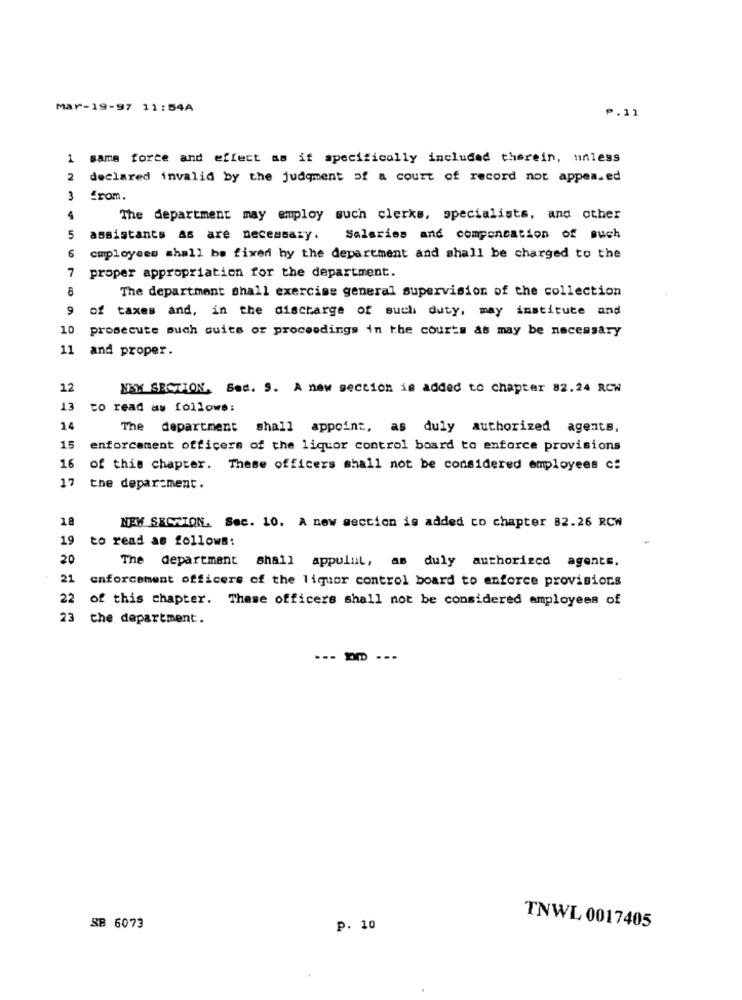
Mar-19-97 11:54A
P.11
1 same forte and effect as if specifically included therein, unless
2
declared invalid by the judgment of a court of record not appeared
3
from.
4
The department may employ such clerks, specialists, and other
5
assistants as are necessary. Salaries and compensation of such
6
cmployees shall be fixed by the department and shall be charged to the
7
proper appropriation for the department.
8
The department shall exercise general supervision of the collection
9
of taxes and, in the discharge of such duty, may institute and
10
prosecute such ouits or proceedings in the courts as may be necessary
11
and proper.
12
NEW SECTION, Ses. 9. A new section is added to chapter 82.24 RCW
13
to read as follows:
14
The department shall appoint, as duly authorized agents,
15
enforcement officers of the liquor control board to enforce provisions
16
of this chapter. These officers shall not be considered employees c:
17
the department.
18
NEW SECTION. Sec. 10. A new section is added co chapter 82.26 RCW
19
to read as follows:
20
The department shall appulul, as duly authorized agents.
21
enforcement officers of the liquor control board to enforce provisions
22 of this chapter. These officers shall not be considered employees of
23 the department.
--- - ---
SB 6073
p. 10
TNWL 0017405